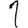
Digit: 1